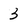
Character: 3